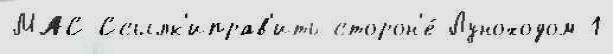
МАС Ссылк'иправ'ить сторон'е́ Луноходом-1